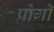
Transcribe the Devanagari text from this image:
प्रोगो